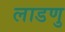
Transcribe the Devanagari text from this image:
लाडणु